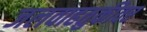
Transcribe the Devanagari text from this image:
जलवाहतुकीवर